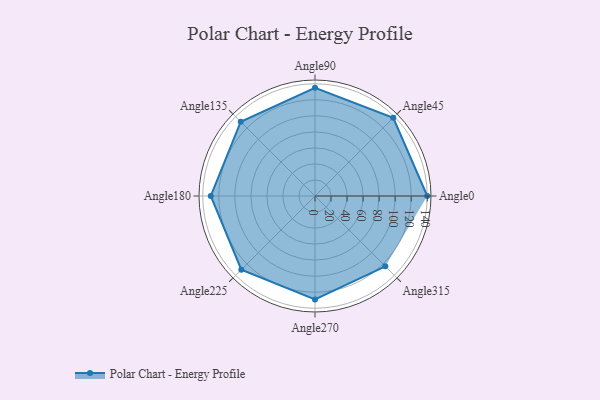
{"axis": {"x": "Angle", "y": "Radius"}, "legend": [""], "data": [{"x": "Angle0", "y": 140.0, "type": ""}, {"x": "Angle45", "y": 138.0, "type": ""}, {"x": "Angle90", "y": 135.0, "type": ""}, {"x": "Angle135", "y": 131.0, "type": ""}, {"x": "Angle180", "y": 130.0, "type": ""}, {"x": "Angle225", "y": 130.0, "type": ""}, {"x": "Angle270", "y": 129.0, "type": ""}, {"x": "Angle315", "y": 124.0, "type": ""}]}